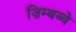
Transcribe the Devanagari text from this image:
ज़िम्बब्वे